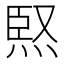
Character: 𭴸